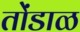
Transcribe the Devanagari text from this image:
तोंडाळ